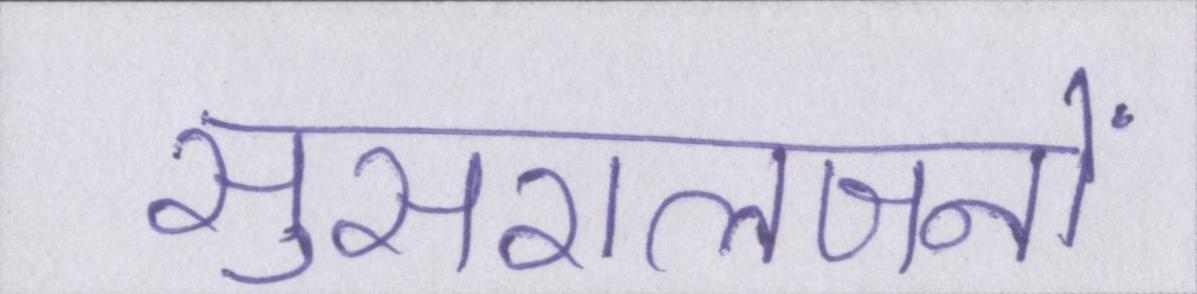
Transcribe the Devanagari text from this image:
सुसरालजनों